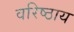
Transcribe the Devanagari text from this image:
वरिष्ठाय